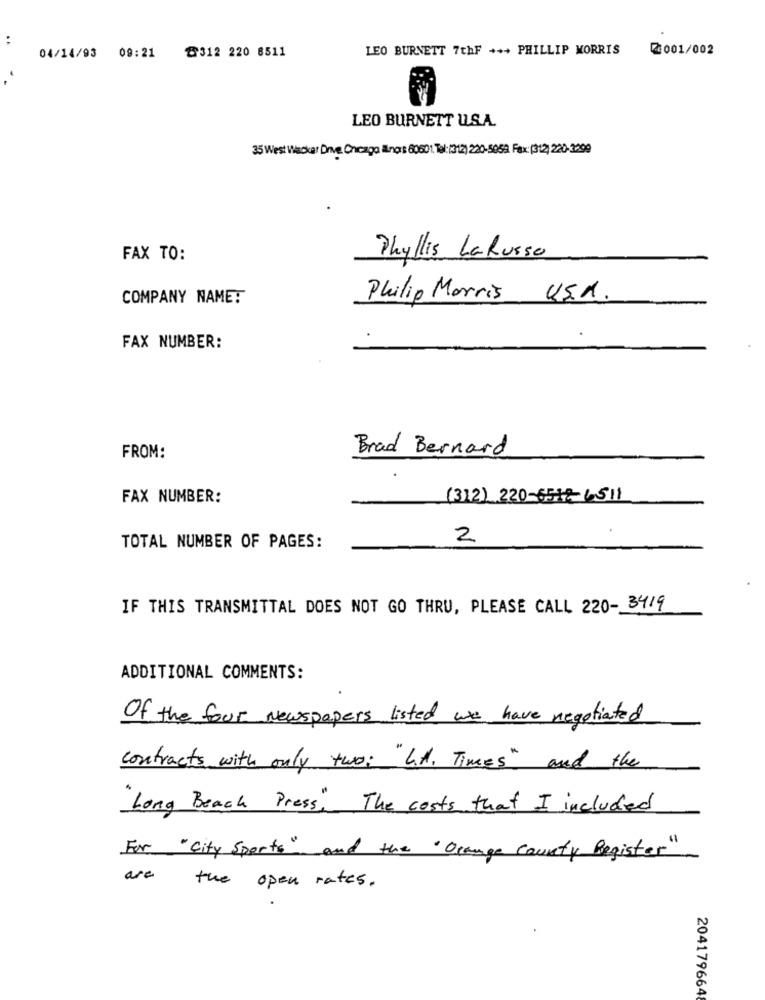
..
04/14/93 09:21
@312 220 8511
LEO BURNETT 7thF +++ PHILLIP MORRIS
2001/002
LEO BURNETT U.S.A.
35 West Wacker Drive Chicago Ings 80601 Tel:(312) 20-5053 Fax:(312) 220-3399
FAX TO:
Phyllis LaRusse
COMPANY NAME:
Philip Morris U.S.A.
FAX NUMBER:
Brad Bernard
FROM:
FAX NUMBER:
(312) 220-6518-6511
2
TOTAL NUMBER OF PAGES:
IF THIS TRANSMITTAL DOES NOT GO THRU, PLEASE CALL 220-3419
ADDITIONAL COMMENTS:
Of the four Newspapers listed we have negotiated
contracts with only two: "LA. Times " and the
"Long Beach Press" The costs that I included
For "City Sports" and the "Orange county Register"
are the open rates.
204179664